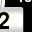
Digit: 2